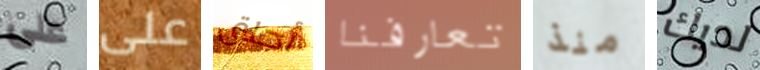
على على أحلق تعارفنا منذ لديك